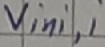
Text: Vini,i